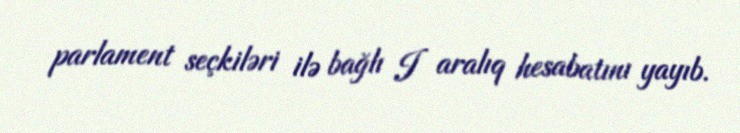
parlament seçkiləri ilə bağlı I aralıq hesabatını yayıb.